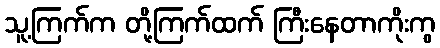
သူ့ကြက်က တို့ကြက်ထက် ကြီးနေတာကိုးကွ